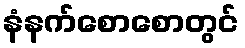
နံနက်စောစောတွင်